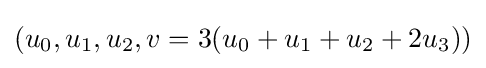
(u_{0},u_{1},u_{2},v=3(u_{0}+u_{1}+u_{2}+2u_{3}))